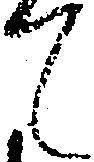
て